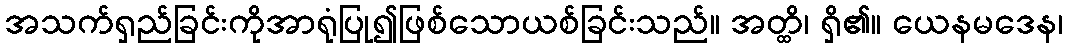
အသက်ရှည်ခြင်းကိုအာရုံပြု၍ဖြစ်သောယစ်ခြင်းသည်။ အတ္ထိ၊ ရှိ၏။ ယေနမဒေန၊